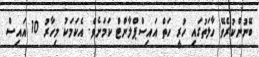
ބޭނުންކުރެވޭ ހާލަތުގައި ހުރީ ހަތް އައިސްޕްލާންޓް ކަމަށެވެ. އެކަމަކު މިހާރު 10 އައިސް